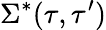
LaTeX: \Sigma^{*}(\tau,\tau^{\prime})